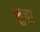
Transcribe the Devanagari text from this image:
सुचा